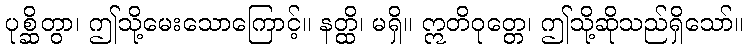
ပုစ္ဆိတွာ၊ ဤသို့မေးသောကြောင့်။ နတ္ထိ၊ မရှိ။ ဣတိဝုတ္တေ၊ ဤသို့ဆိုသည်ရှိသော်။